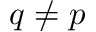
q \ne p